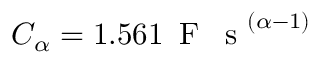
C _ { \alpha } = 1 . 5 6 1 \, \mathrm { ~ F ~ \, ~ s ~ } ^ { ( \alpha - 1 ) }